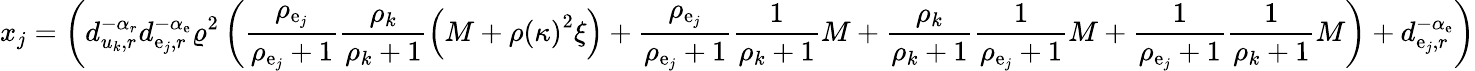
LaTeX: x_{j}=\left(d_{u_{k},r}^{-\alpha_{r}}d_{\mathrm{e}_{j},r}^{-\alpha_{\mathrm{e}}}\varrho^{2}\left(\frac{{\rho_{\mathrm{e}_{j}}}}{{\rho_{\mathrm{e}_{j}}+1}}\frac{{\rho_{k}}}{{\rho_{k}+1}}\left(M+\rho\left(\kappa\right)^{2}\xi\right)+\frac{{\rho_{\mathrm{e}_{j}}}}{{\rho_{\mathrm{e}_{j}}+1}}\frac{{1}}{{\rho_{k}+1}}M+\frac{{\rho_{k}}}{{\rho_{k}+1}}\frac{{1}}{{\rho_{\mathrm{e}_{j}}+1}}M+\frac{{1}}{{\rho_{\mathrm{e}_{j}}+1}}\frac{{1}}{{\rho_{k}+1}}M\right)+d_{\mathrm{e}_{j},r}^{-\alpha_{\mathrm{e}}}\right)